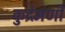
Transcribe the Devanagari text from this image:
कुद्रेमणी